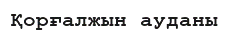
Қорғалжын ауданы